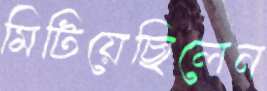
মিটিয়েছিলেন